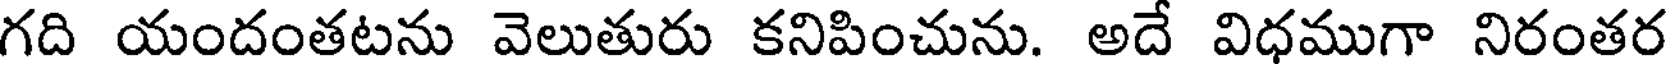
గది యందంతటను వెలుతురు కనిపించును. అదే విధముగా నిరంతర